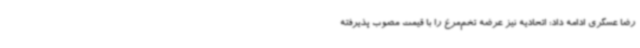
رضا عسگری ادامه داد: اتحادیه نیز عرضه تخم‌مرغ را با قیمت مصوب پذیرفته